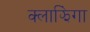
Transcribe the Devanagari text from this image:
क्लाझिंगा